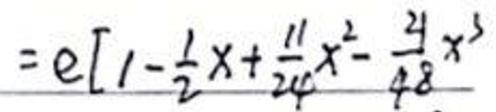
\(= e [ 1 - \frac { 1 } { 2 } x + \frac { 1 1 } { 2 4 } x ^ { 2 } - \frac { 3 4 } { 4 8 } x ^ { 3 } ]\)